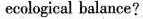
ecological balance ?